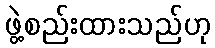
ဖွဲ့စည်းထားသည်ဟု